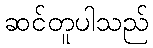
ဆင်တူပါသည်